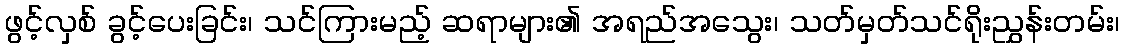
ဖွင့်လှစ် ခွင့်ပေးခြင်း၊ သင်ကြားမည့် ဆရာများ၏ အရည်အသွေး၊ သတ်မှတ်သင်ရိုးညွှန်းတမ်း၊